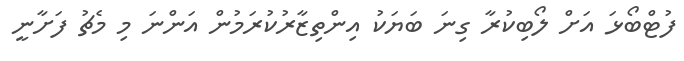
ފުޓްބޯޅަ އަށް ލޯބިކުރާ ގިނަ ބަޔަކު އިންތިޒާރުކުރަމުން އަންނަ މި މެޗު ފަށާނީ